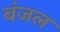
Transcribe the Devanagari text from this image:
बंजल